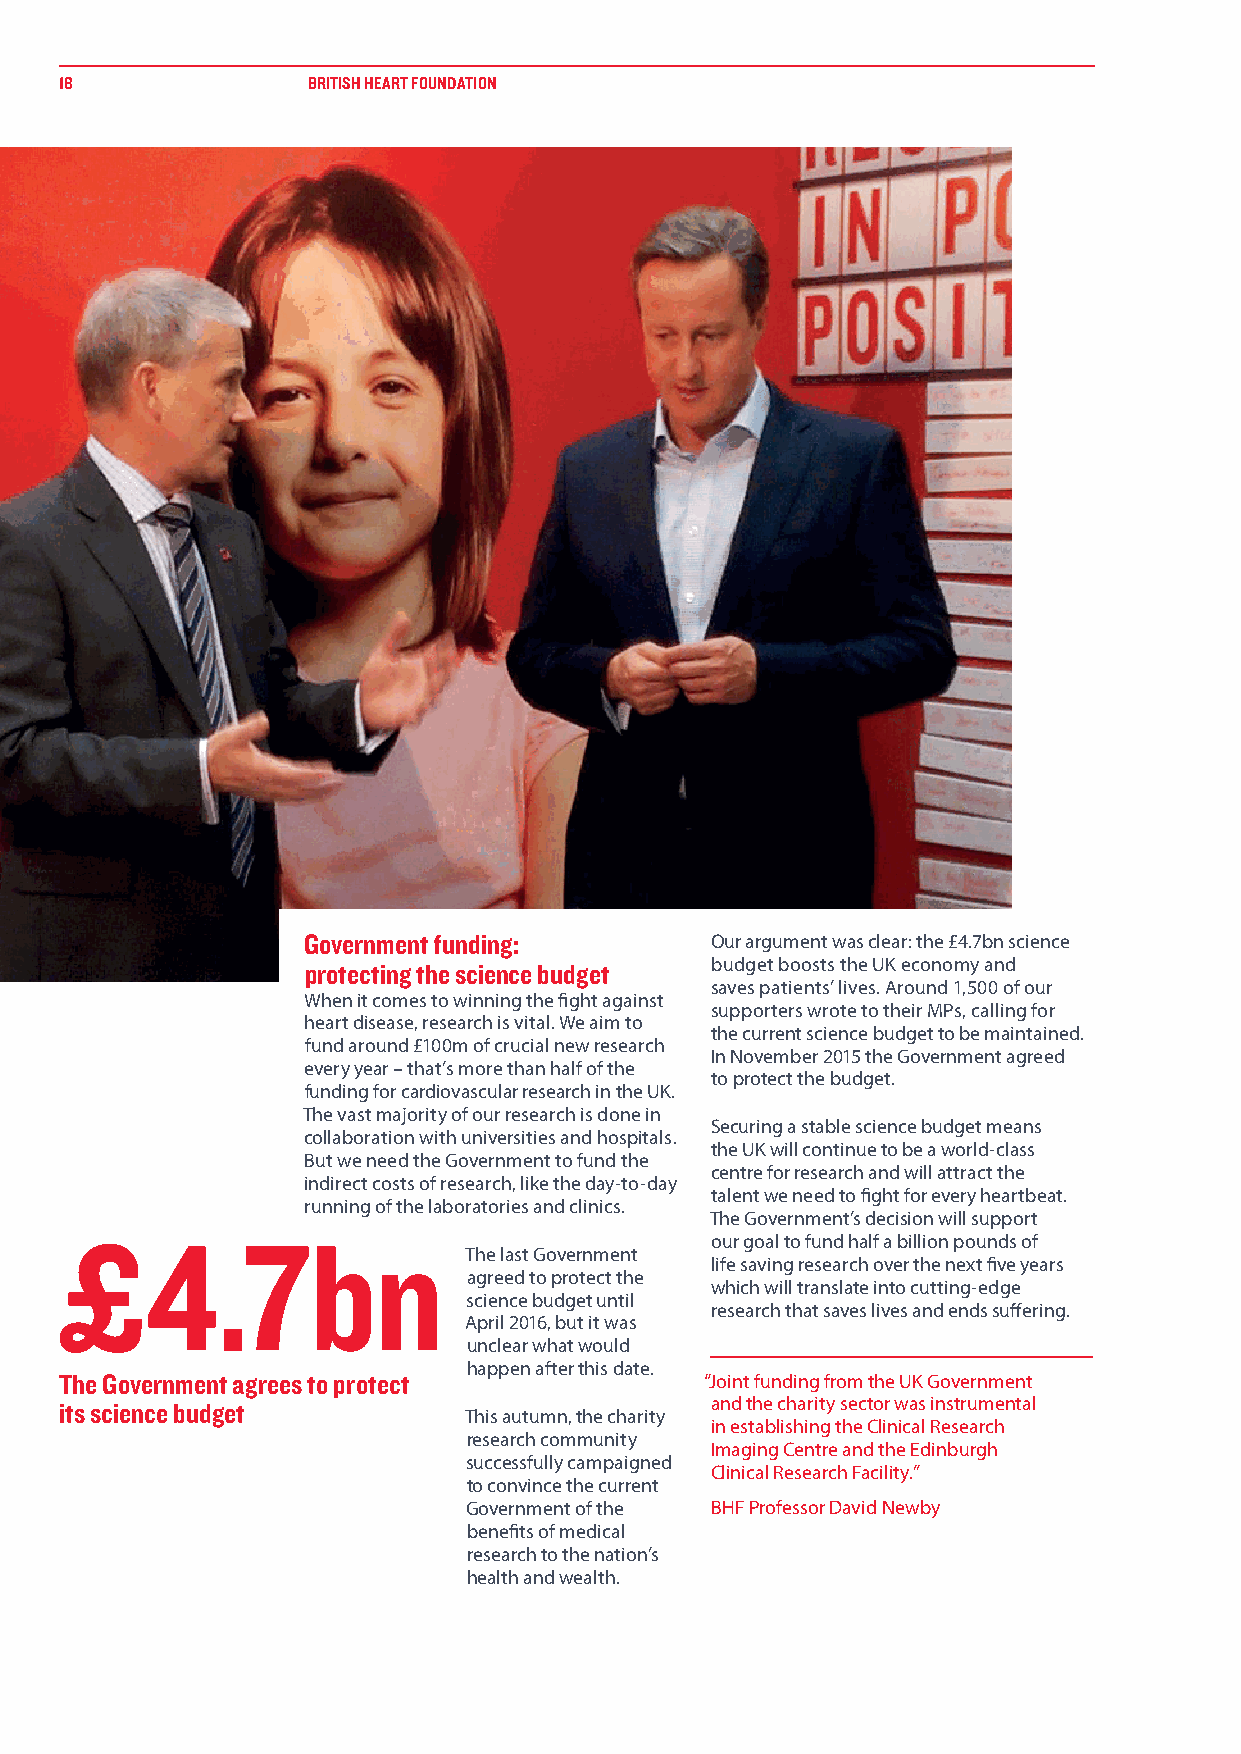
18              BRITISH HEART FOUNDATION
 Government funding:        Our argument was clear: the £4.7bn science
 protecting the science budget budget boosts the UK economy and
 saves patients’ lives. Around 1,500 of our
 When it comes to winning the fight against
 supporters wrote to their MPs, calling for
 heart disease, research is vital. We aim to
 the current science budget to be maintained.
 fund around £100m of crucial new research
 In November 2015 the Government agreed
 every year – that’s more than half of the
 to protect the budget.
 funding for cardiovascular research in the UK.
 The vast majority of our research is done in
 Securing a stable science budget means
 collaboration with universities and hospitals.
 the UK will continue to be a world-class
 But we need the Government to fund the
 centre for research and will attract the
 indirect costs of research, like the day-to-day
 talent we need to fight for every heartbeat.
 running of the laboratories and clinics.
 The Government’s decision will support
 £4.7bn                                     our goal to fund half a billion pounds of
 The last Government
 life saving research over the next five years
 agreed to protect the
 which will translate into cutting-edge
 science budget until
 research that saves lives and ends suffering.
 April 2016, but it was
 unclear what would
 happen after this date.
 The Government agrees to protect           “Joint funding from the UK Government
 and the charity sector was instrumental
 its science budget
 This autumn, the charity
 in establishing the Clinical Research
 research community
 Imaging Centre and the Edinburgh
 successfully campaigned
 Clinical Research Facility.”
 to convince the current
 Government of the BHF Professor David Newby
 benefits of medical
 research to the nation’s
 health and wealth.